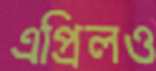
এপ্রিলও